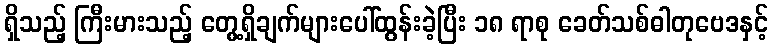
ရှိသည့် ကြီးမားသည့် တွေ့ရှိချက်များပေါ်ထွန်းခဲ့ပြီး ၁၈ ရာစု ခေတ်သစ်ဓါတုဗေဒနှင့်